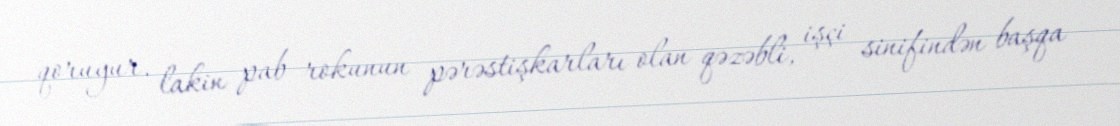
qoruyur, lakin pab rokunun pərəstişkarları olan qəzəbli, işçi sinifindən başqa